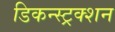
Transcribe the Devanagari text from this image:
डिकन्स्ट्रक्शन